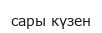
сары күзен